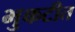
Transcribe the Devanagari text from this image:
भुकटीत